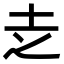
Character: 赱